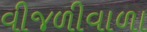
વીજળીવાળા